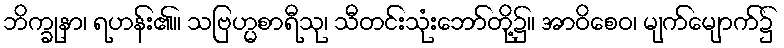
ဘိက္ခုနာ၊ ရဟန်း၏။ သဗြဟ္မစာရီသု၊ သီတင်းသုံးဘော်တို့၌။ အာဝိစေဝ၊ မျက်မျောက်၌